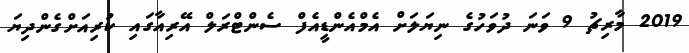
2019 މާރިޗު 9 ވަނަ ދުވަހުގެ ނިޔަލަށް އެމްއެންޑީއެފް ސެންޓްރަލް އޭރިއާގައި ކުރިއަށްގެންދިޔަ